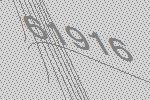
61916